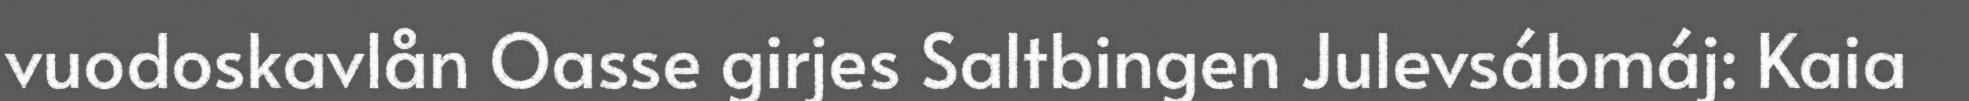
vuodoskavlån Oasse girjes Saltbingen Julevsábmáj: Kaia